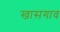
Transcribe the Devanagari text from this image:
खासगाव